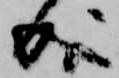
成